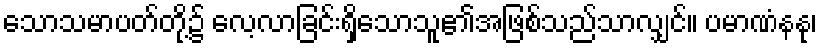
သောသမာပတ်တို့၌ လေ့လာခြင်းရှိသောသူ၏အဖြစ်သည်သာလျှင်။ ပမာဏံနနု၊